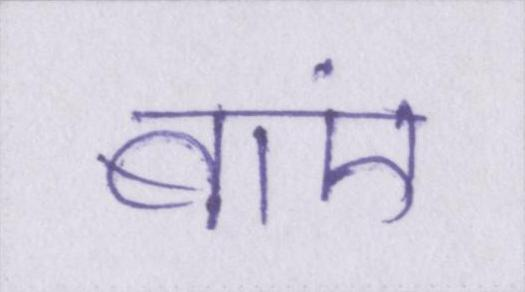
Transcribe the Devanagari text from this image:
बाएं